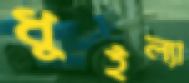
ধুইল্যা